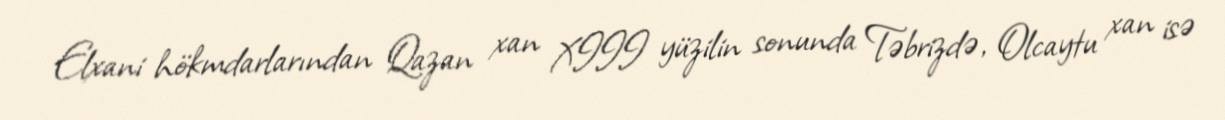
Elxani hökmdarlarından Qazan xan XIII yüzilin sonunda Təbrizdə, Olcaytu xan isə